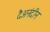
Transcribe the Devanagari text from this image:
दैअनंदीन